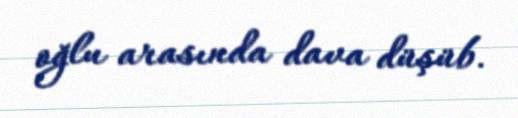
oğlu arasında dava düşüb.